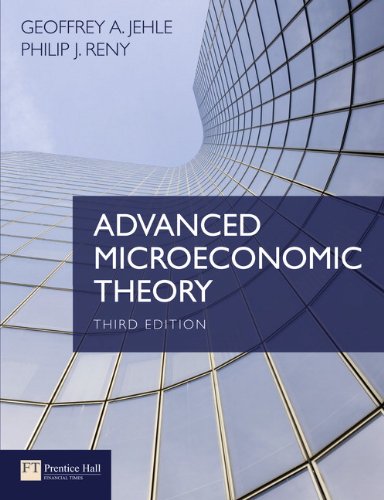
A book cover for Advanced Microeconomic Theory (3rd Edition); Geoffrey A. Jehle; Business & Money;